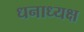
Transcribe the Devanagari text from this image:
धनाध्यक्ष